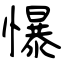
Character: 懪